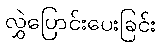
လွှဲပြောင်းပေးခြင်း